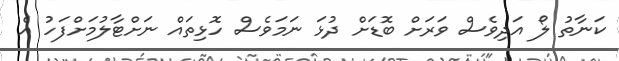
ކަނާތު ލޯ އަދިވެސް ވަރަށް ބޮޑަށް ދުޅަ ނަމަވެސް ހޮޅިތައް ނަށްޓާލުމަށްފަހު އެ